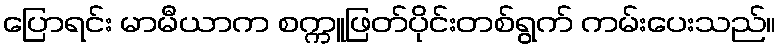
ပြောရင်း မာမီယာက စက္ကူဖြတ်ပိုင်းတစ်ရွက် ကမ်းပေးသည်။